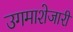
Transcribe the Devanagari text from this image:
उगमाशेजारी